Annual returns of the Patna Lunatic Asylum at Bankipore in Bihar and Orissa - 1912-1924
Year: 1912
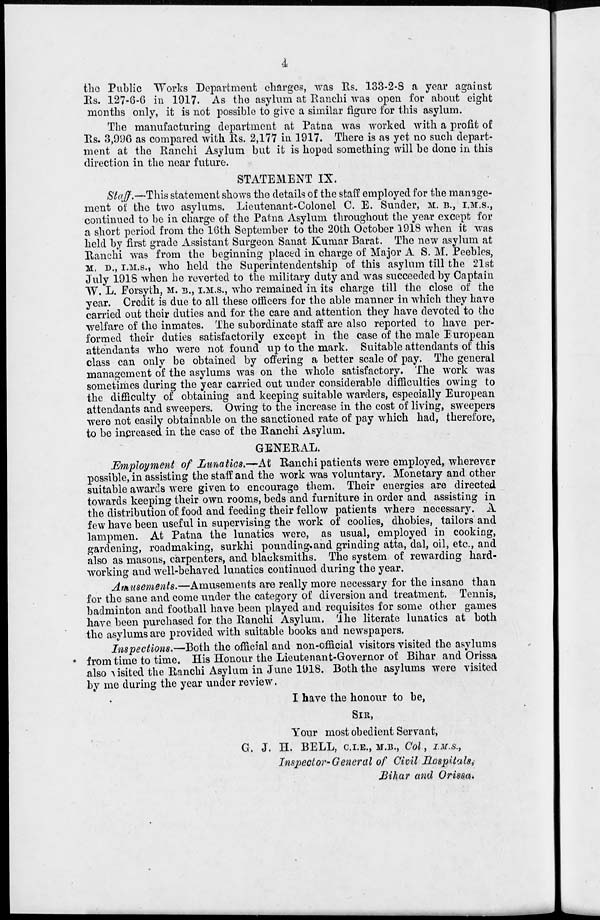
4
the Public Works Department charges, was Rs. 133-2-8 a year against
Rs. 127-6-6 in 1917. As the asylum at Ranchi was open for about eight
months only, it is not possible to give a similar figure for this asylum.
The manufacturing department at Patna was worked with a profit of
Rs. 3,996 as compared with Rs. 2,177 in 1917. There is as yet no such depart-
ment at the Ranchi Asylum but it is hoped something will be done in this
direction in the near future.
STATEMENT IX.
Staff.—This statement shows the details of the staff employed for the manage-
ment of the two asylums. Lieutenant-Colonel C. E. Sunder, M. B., I.M.S.,
continued to be in charge of the Patna Asylum throughout the year except for
a short period from the 16th September to the 20th October 1918 when it was
held by first grade Assistant Surgeon Sanat Kumar Barat. The new asylum at
Ranchi was from the beginning placed in charge of Major A.S.M. Peebles,
M. D., I.M.S., who held the Superintendentship of this asylum till the 21st
July 1918 when he reverted to the military duty and was succeeded by Captain
W. L. Forsyth, M. B., I.M.S., who remained in its charge till the close of the
year. Credit is due to all these officers for the able manner in which they have
carried out their duties and for the care and attention they have devoted to the
welfare of the inmates. The subordinate staff are also reported to have per-
formed their duties satisfactorily except in the case of the male European
attendants who were not found up to the mark. Suitable attendants of this
class can only be obtained by offering a better scale of pay. The general
management of the asylums was on the whole satisfactory. The work was
sometimes during the year carried out under considerable difficulties owing to
the difficulty of obtaining and keeping suitable warders, especially European
attendants and sweepers. Owing to the increase in the cost of living, sweepers
were not easily obtainable on the sanctioned rate of pay which had, therefore,
to be increased in the case of the Ranchi Asylum.
GENERAL.
Employment of Lunatics.—At Ranchi patients were employed, wherever
possible, in assisting the staff and the work was voluntary. Monetary and other
suitable awards were given to encourage them. Their energies are directed
towards keeping their own rooms, beds and furniture in order and assisting in
the distribution of food and feeding their fellow patients where necessary. A
few have been useful in supervising the work of coolies, dhobies, tailors and
lampmen. At Patna the lunatics were, as usual, employed in cooking,
gardening, roadmaking, surkhi pounding and grinding atta, dal, oil, etc., and
also as masons, carpenters, and blacksmiths. The system of rewarding hard-
working and well-behaved lunatics continued during the year.
Amusements.—Amusements are really more necessary for the insane than
for the sane and come under the category of diversion and treatment. Tennis,
badminton and football have been played and requisites for some other games
have been purchased for the Ranchi Asylum. The literate lunatics at both
the asylums are provided with suitable books and newspapers.
Inspections.—Both the official and non-official visitors visited the asylums
from time to time. His Honour the Lieutenant-Governor of Bihar and Orissa
also visited the Ranchi Asylum in June 1918. Both the asylums were visited
by me during the year under review.
I have the honour to be,
SIR,
Your most obedient Servant,
G. J. H. BELL, C.I.E., M.B., Col, I.M.S.,
Inspector-General of Civil Hospitals,
Bihar and Orissa.